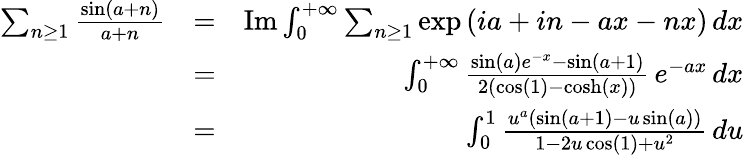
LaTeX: \begin{array}{rlr}{\sum_{n\geq 1}\frac{\sin(a+n)}{a+n}}&{=}&{\mathrm{Im}\int_{0}^{+\infty}\sum_{n\geq 1}\exp\left(ia+in-ax-nx\right)\, dx}\\ &{=}&{\int_{0}^{+\infty}\frac{\sin(a)e^{-x}-\sin(a+1)}{2\left(\cos(1)-\cosh(x)\right)}\, e^{-ax}\, dx}\\ &{=}&{\int_{0}^{1}\frac{u^{a}\left(\sin(a+1)-u\sin(a)\right)}{1-2u\cos(1)+u^{2}}\, du}\end{array}